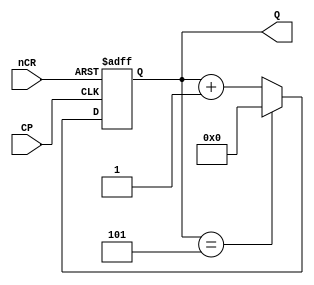
module counter6(Q,nCR,CP);
	input CP,nCR;
	output [3:0]Q;
	reg [3:0]Q;	
	always @(negedge CP or negedge nCR)
	begin
		if(~nCR)
			Q<=4'b00;
		else if(Q==4'd5)
			Q<=4'b00;
		else
			Q<=Q+1'b1;
	end	
endmodule 


module counter10(Q,nCR,CP);
	input CP,nCR;
	output [3:0]Q;
	reg [3:0]Q;	
	always @(negedge CP or negedge nCR)
	begin
		if(~nCR)
			Q<=4'b00;
		else if(Q==4'd9)
			Q<=4'b00;
		else
			Q<=Q+1'b1;
	end	
endmodule 


module counter60(CntH,CntL,nCR,CP);
	input CP,nCR;
	output [3:0]CntH,CntL;
	wire [3:0]CntH,CntL;
	wire ENP;
	
	assign ENP=(CntL==4'd9);
	
	counter10 U1(CntL,nCR,CP);    //the unit
	counter6 U2(CntH,nCR,ENP);   //the decade
	
endmodule 

module counter24(CntH,CntL,nCR,CP);
	input CP,nCR;
	output [3:0]CntH,CntL;
	reg [3:0]CntH,CntL;
	
	always @(negedge CP or negedge nCR)
	begin
		if(~nCR)
			{CntH,CntL}<=8'b00;
		else if((CntH==4'd2)&&(CntL==4'd3))
			{CntH,CntL}<=8'b00;
		else if(CntL==4'd9)
			begin
			CntH<=CntH+1'b1;
			CntL<=4'b00;
			end
		else 
			begin
			CntH<=CntH;
			CntL<=CntL+1'b1;
			end	
	end
endmodule